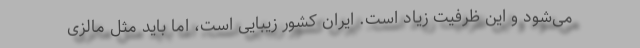
می‌شود و این ظرفیت زیاد است. ایران کشور زیبایی است، اما باید مثل مالزی